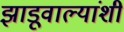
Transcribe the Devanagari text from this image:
झाडूवाल्यांशी